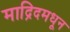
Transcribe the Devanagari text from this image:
माद्रिदमधून